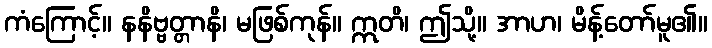
ကံကြောင့်။ နနိဗ္ဗတ္တာနိ၊ မဖြစ်ကုန်။ ဣတိ၊ ဤသို့။ အာဟ၊ မိန့်တော်မူ၏။